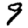
Digit: 9